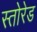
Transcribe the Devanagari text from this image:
स्तोरेड